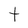
Character: t